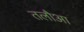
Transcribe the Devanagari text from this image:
तलौआ